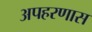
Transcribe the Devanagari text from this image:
अपहरणास